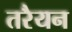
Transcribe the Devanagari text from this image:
तरैयन